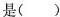
是( )